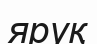
яруқ